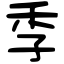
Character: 季